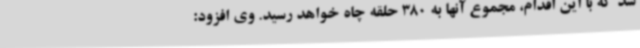
شد که با این اقدام، مجموع آنها به 380 حلقه چاه خواهد رسید. وی افزود: